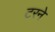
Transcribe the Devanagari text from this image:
टरने